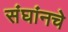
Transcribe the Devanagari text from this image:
संघांनचे